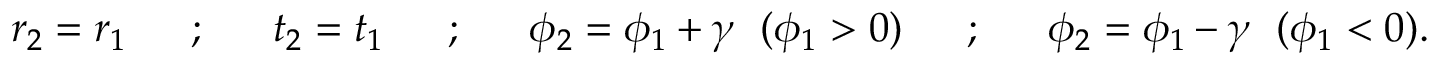
r _ { 2 } = r _ { 1 } ~ ~ ~ ~ ~ ; ~ ~ ~ ~ ~ t _ { 2 } = t _ { 1 } ~ ~ ~ ~ ~ ; ~ ~ ~ ~ ~ \phi _ { 2 } = \phi _ { 1 } + \gamma ~ ~ ( \phi _ { 1 } > 0 ) ~ ~ ~ ~ ~ ; ~ ~ ~ ~ ~ \phi _ { 2 } = \phi _ { 1 } - \gamma ~ ~ ( \phi _ { 1 } < 0 ) .